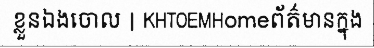
ខ្លួនឯងចោល | KHTOEMHomeព័ត៌មានក្នុង